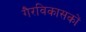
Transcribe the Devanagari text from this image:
गैरविकासकों